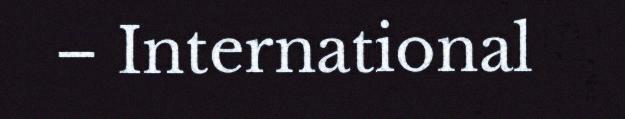
– International